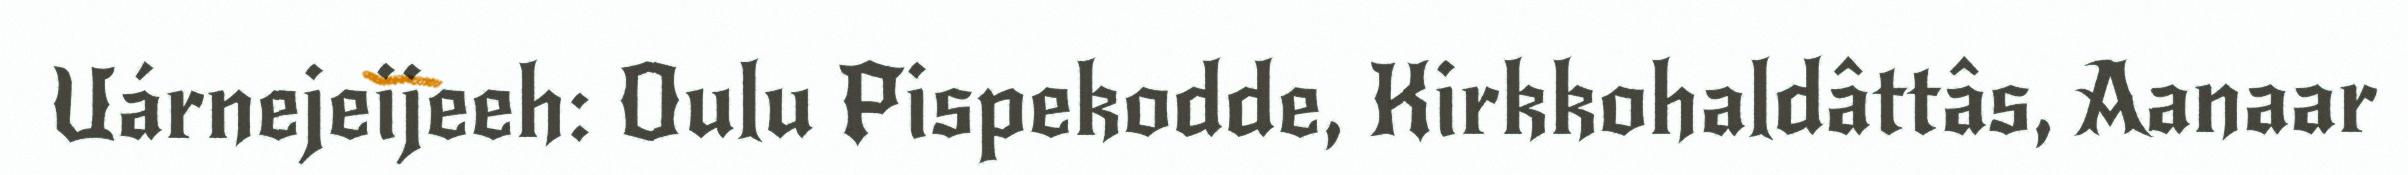
Uárnejeijeeh: Oulu Pispekodde, Kirkkohaldâttâs, Aanaar